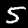
Digit: 5